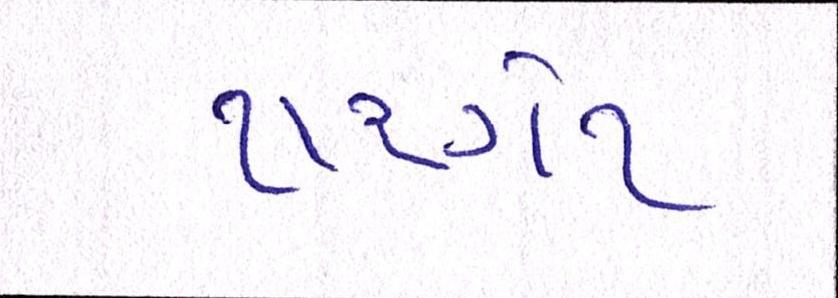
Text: ટારગેટ